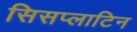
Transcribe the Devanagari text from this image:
सिसप्लाटिन